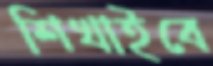
শিখাইবে